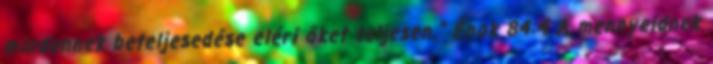
mindennek beteljesedése eléri őket teljesen." Énok 84:4 A mennyeidnek